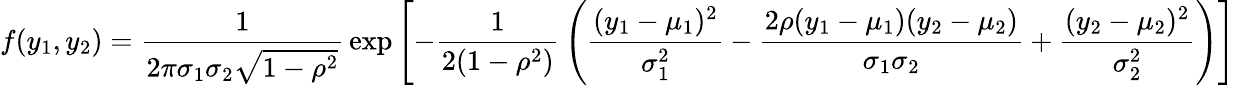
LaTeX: f(y_{1},y_{2})={\frac{1}{2\pi\sigma_{1}\sigma_{2}{\sqrt{1-\rho^{2}}}}}\exp\left[-{\frac{1}{2(1-\rho^{2})}}\left({\frac{(y_{1}-\mu_{1})^{2}}{\sigma_{1}^{2}}}-{\frac{2\rho(y_{1}-\mu_{1})(y_{2}-\mu_{2})}{\sigma_{1}\sigma_{2}}}+{\frac{(y_{2}-\mu_{2})^{2}}{\sigma_{2}^{2}}}\right)\right]